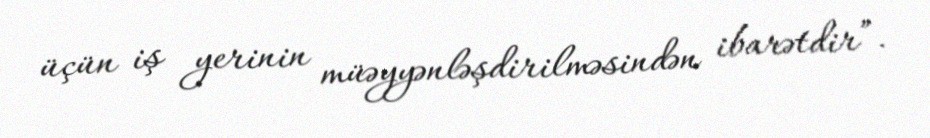
üçün iş yerinin müəyyənləşdirilməsindən ibarətdir”.